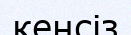
кенсіз